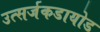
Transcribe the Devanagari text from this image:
उत्सर्जकडायोड